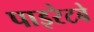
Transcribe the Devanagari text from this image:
पाइरेटबे